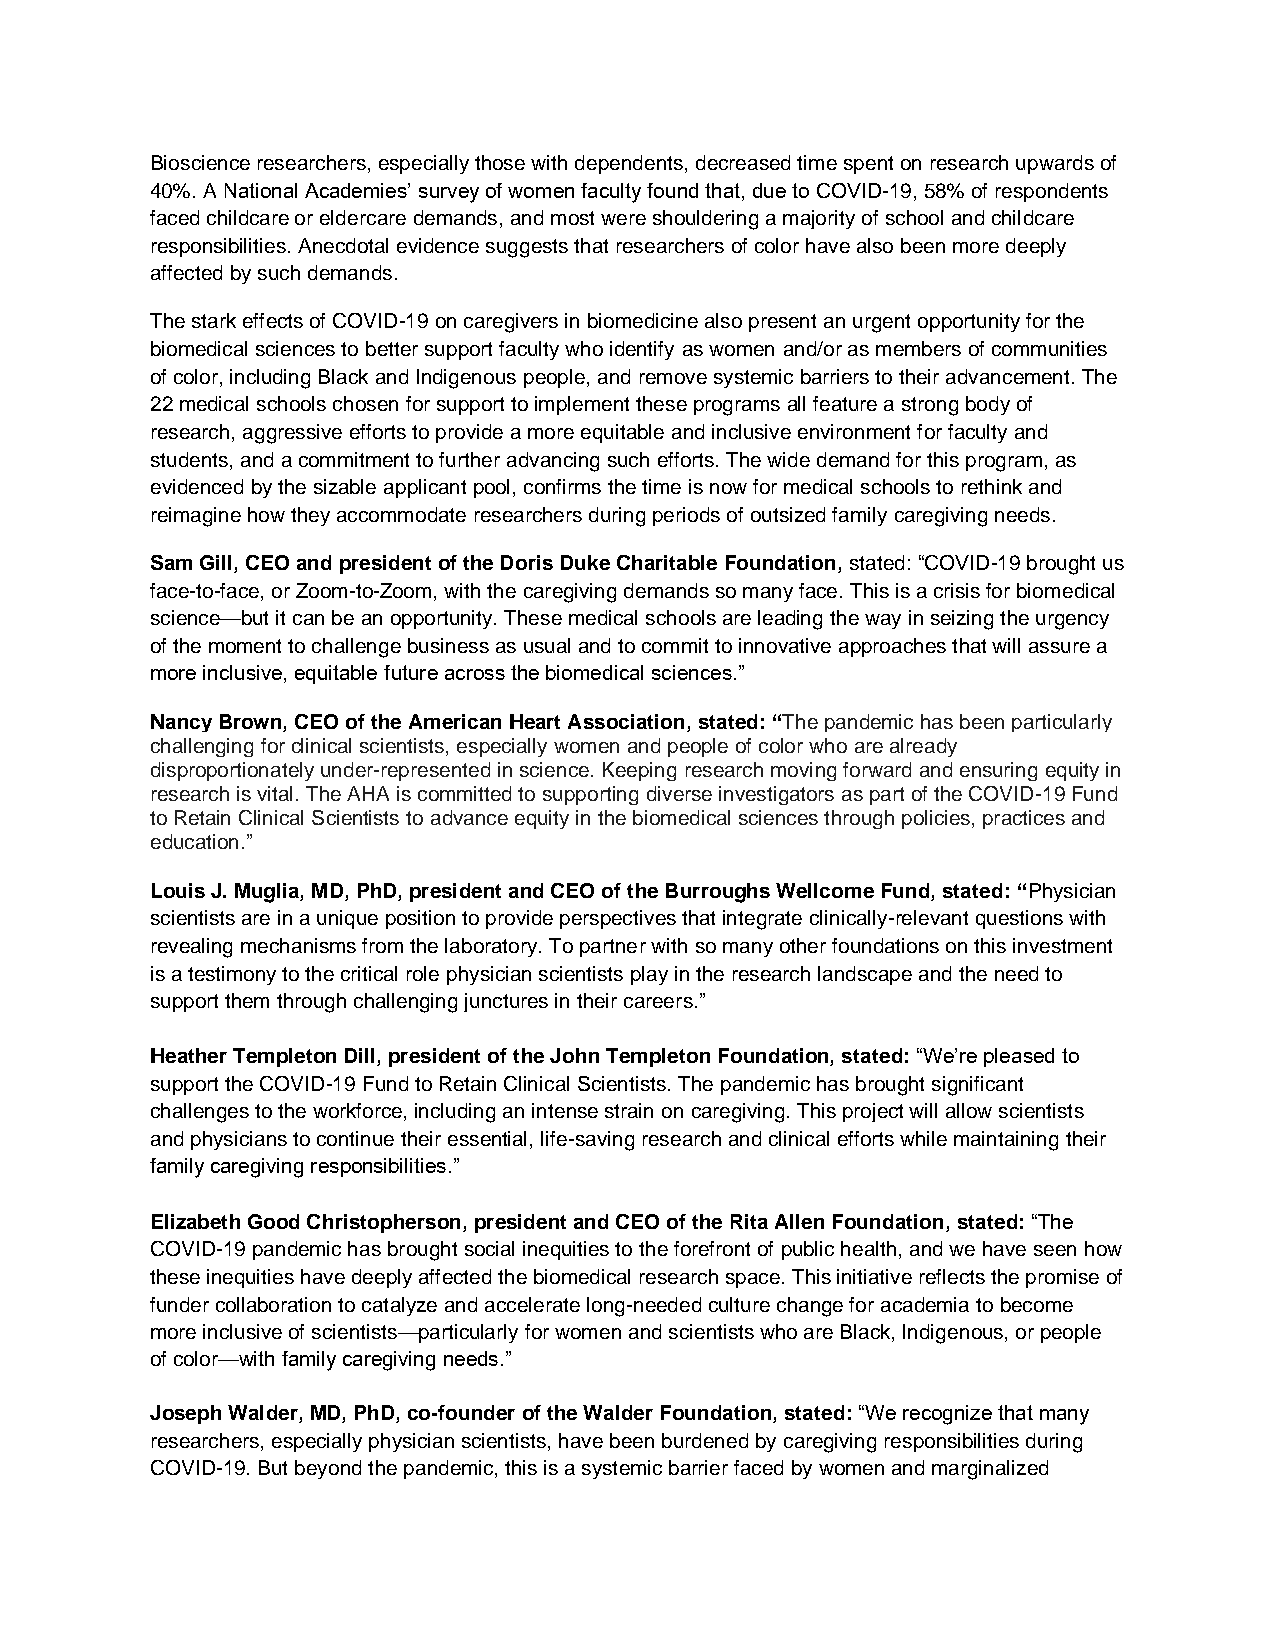
Bioscience researchers, especially those with dependents, decreased time spent on research upwards of
 40%. A National Academies’ survey of women faculty found that, due to COVID-19, 58% of respondents
 faced childcare or eldercare demands, and most were shouldering a majority of school and childcare
 responsibilities. Anecdotal evidence suggests that researchers of color have also been more deeply
 affected by such demands.
 The stark effects of COVID-19 on caregivers in biomedicine also present an urgent opportunity for the
 biomedical sciences to better support faculty who identify as women and/or as members of communities
 of color, including Black and Indigenous people, and remove systemic barriers to their advancement. The
 22 medical schools chosen for support to implement these programs all feature a strong body of
 research, aggressive efforts to provide a more equitable and inclusive environment for faculty and
 students, and a commitment to further advancing such efforts. The wide demand for this program, as
 evidenced by the sizable applicant pool, confirms the time is now for medical schools to rethink and
 reimagine how they accommodate researchers during periods of outsized family caregiving needs.
 Sam Gill, CEO and president of the Doris Duke Charitable Foundation, stated: “COVID-19 brought us
 face-to-face, or Zoom-to-Zoom, with the caregiving demands so many face. This is a crisis for biomedical
 science—but it can be an opportunity. These medical schools are leading the way in seizing the urgency
 of the moment to challenge business as usual and to commit to innovative approaches that will assure a
 more inclusive, equitable future across the biomedical sciences.”
 Nancy Brown, CEO of the American Heart Association, stated: “The pandemic has been particularly
 challenging for clinical scientists, especially women and people of color who are already
 disproportionately under-represented in science. Keeping research moving forward and ensuring equity in
 research is vital. The AHA is committed to supporting diverse investigators as part of the COVID-19 Fund
 to Retain Clinical Scientists to advance equity in the biomedical sciences through policies, practices and
 education.”
 Louis J. Muglia, MD, PhD, president and CEO of the Burroughs Wellcome Fund, stated: “Physician
 scientists are in a unique position to provide perspectives that integrate clinically-relevant questions with
 revealing mechanisms from the laboratory. To partner with so many other foundations on this investment
 is a testimony to the critical role physician scientists play in the research landscape and the need to
 support them through challenging junctures in their careers.”
 Heather Templeton Dill, president of the John Templeton Foundation, stated: “We’re pleased to
 support the COVID-19 Fund to Retain Clinical Scientists. The pandemic has brought significant
 challenges to the workforce, including an intense strain on caregiving. This project will allow scientists
 and physicians to continue their essential, life-saving research and clinical efforts while maintaining their
 family caregiving responsibilities.”
 Elizabeth Good Christopherson, president and CEO of the Rita Allen Foundation, stated: “The
 COVID-19 pandemic has brought social inequities to the forefront of public health, and we have seen how
 these inequities have deeply affected the biomedical research space. This initiative reflects the promise of
 funder collaboration to catalyze and accelerate long-needed culture change for academia to become
 more inclusive of scientists—particularly for women and scientists who are Black, Indigenous, or people
 of color—with family caregiving needs.”
 Joseph Walder, MD, PhD, co-founder of the Walder Foundation, stated: “We recognize that many
 researchers, especially physician scientists, have been burdened by caregiving responsibilities during
 COVID-19. But beyond the pandemic, this is a systemic barrier faced by women and marginalized